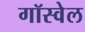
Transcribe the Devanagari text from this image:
गॉस्वेल